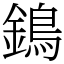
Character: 鵭